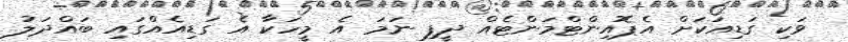
ވަކި ގަޑިއަކަށް އެޕޮއިންޓްމަންޓެއް ދީފި ނަމަ އެ މީހަކާ އެ ގަޑިއެއްގައި ބައްދަލު